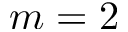
m = 2